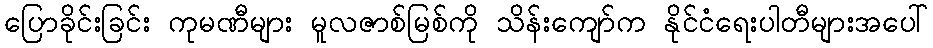
ပြောခိုင်းခြင်း ကုမဏီများ မူလဇာစ်မြစ်ကို သိန်းကျော်က နိုင်ငံရေးပါတီများအပေါ်